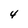
Character: 4